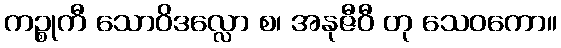
ကဉ္စုကီ သောဝိဒလ္လော စ၊ အနုဇီဝီ တု သေဝကော။